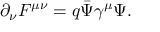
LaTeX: { \partial } _ { \nu } { F } ^ { \mu \nu } = q \bar { \Psi } { \gamma } ^ { \mu } { \Psi } .